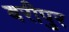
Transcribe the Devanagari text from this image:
बरीपुर